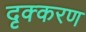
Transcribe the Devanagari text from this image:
दृक्करण